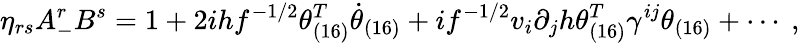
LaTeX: \eta_{rs}A_{-}^{r}B^{s}=1+2ihf^{-1/2}\theta_{(16)}^{T}\dot{\theta}_{(16)}+if^{-1/2}v_{i}\partial_{j}h\theta_{(16)}^{T}\gamma^{ij}\theta_{(16)}+\cdots~,